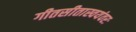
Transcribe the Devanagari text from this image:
गीतसीतास्वयंवरः